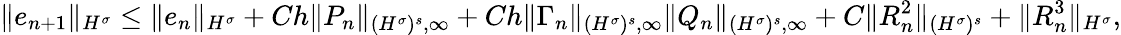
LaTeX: \| e_{n+1}\| _{{H^{\sigma}}}\leq\| e_{n}\| _{H^{\sigma}}+Ch\| P_{n}\| _{{(H^{\sigma})^{s}},\infty}+Ch\| \Gamma_{n}\| _{{(H^{\sigma})^{s}},\infty}\| Q_{n}\| _{{(H^{\sigma})^{s}},\infty}+C\| R_{n}^{2}\| _{(H^{\sigma})^{s}}+\| R_{n}^{3}\| _{H^{\sigma}},